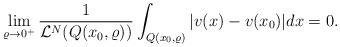
LaTeX: \begin{align*}\lim_{\varrho \to 0^+}\frac{1}{{\cal L}^N(Q(x_0,\varrho))}\int_{Q(x_0,\varrho)}|v(x)-v(x_0)|dx = 0.\end{align*}